Vaccine operations Central Provinces 1868-1885 - 1868-1885
Year: 1868
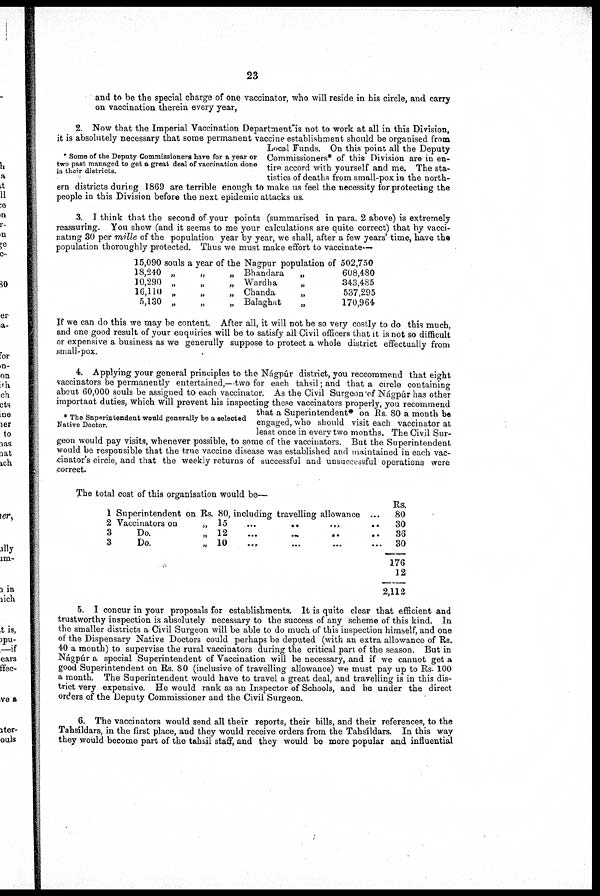
23
and to be the special charge of one vaccinator, who will reside in his circle, and carry
on vaccination therein every year,
2. Now that the Imperial Vaccination Department is not to work at all in this Division,
it is absolutely necessary that some permanent vaccine establishment should be organised from
Local Funds. On this point all the Deputy
Some of the Deputy Commissioners have for a year or Commissioners* of this Division are in en-
two past ma n a g e d to get a great deal of vaccination done tire accord with yourself and me. The sta-
tistics of deaths from small-pox in the north-
ern districts during 1869 are terrible enough to make us feel the necessity for protecting the
people in this Division before the next epidemic attacks us.
Some of the Deputy Commissioners have for a year or
two past managed to get a great deal of vaccination done
in their districts.
2. Now that the Imperial Vaccination Department is not to work at all in this Division,
it is absolutely necessary that some permanent vaccine establishment should be organised from
Local Funds. On this point all the Deputy
Commissioners* of this Division are in en-
tire accord with yourself and me. The sta-
tistics of deaths from small-pox in the north-
ern districts during 1869 are terrible enough to make us feel the necessity for protecting the
people in this Division before the next epidemic attacks us.
3. I think that the second of your points (summarised in para. 2 above) is extremely
reassuring. You show (and it seems to me your calculations are quite correct) that by vacci-
nating 30 per mille of the population year by year, we shall, after a few years' time, have the
population thoroughly protected. Thus we must make effort to vaccinate—
15,090 souls a year of the Nagpur population of 502,750
18,240 „
10,290 „
16,110 „
5,130 „
Bhandara
„
Wardha
„
Chanda
„
Balaghat
„
608,480
343,485
537,295
170,964
If we can do this we may be content. After all, it will not be so very costly to do this much,
and one good result of your enquiries will be to satisfy all Civil officers that it is not so difficult
or expensive a business as we generally suppose to protect a whole district effectually from
small-pox.
* The Superintendent would generally be a selected
Native Doctor.
4. Applying your general principles to the Nágpúr district, you reccommend that eight
vaccinators be permanently entertained,—two for each tahsil; and that a circle containing
about 60,000 souls be assigned to each vaccinator. As the Civil Surgeon of Nágpúr has other
important duties, which will prevent his inspecting these vaccinators properly, you recommend
that a Superintendent* on Rs. 80 a month be
engaged, who should visit each vaccinator at
least once in every two months. The Civil Sur-
geon would pay visits, whenever possible, to some of the vaccinators. But the Superintendent
would be responsible that the true vaccine disease was established and maintained in each vac-
cinator's circle, and that the weekly returns of successful and unsuccessful operations were
correct.
The total cost of this organisation would be—
1
2
3
3
Superintendent on Rs. 80, including travelling allowance
Vaccinators on
„ 15
...
..
.„
Do.
„ 12
Do.
„ 10
Rs.
...
80
..
30
..
36
...
30
176
12
2,110
5. I concur in your proposals for establishments. It is quite clear that efficient and
trustworthy inspection is absolutely necessary to the success of any scheme of this kind. In
the smaller districts a Civil Surgeon will be able to do much of this inspection himself, and one
of the Dispensary Native Doctors could perhaps be deputed (with an extra allowance of Rs.
40 a month) to supervise the rural vaccinators during the critical part of the season. But in
Nágpúr a special Superintendent of Vaccination will be necessary, and if we cannot get a
good Superintendent on Rs. 80 (inclusive of travelling allowance) we must pay up to Rs. 100
a month. The Superintendent would have to travel a great deal, and travelling is in this dis-
trict very expensive. He would rank as an Inspector of Schools, and be under the direct
orders of the Deputy Commissioner and the Civil Surgeon.
6. The vaccinators would send all their reports, their bills, and their references, to the
Tahsíldars, in the first place, and they would receive orders from the Tahsildars. In this way
they would become part of the tahsil staff, and they would be more popular and influential